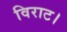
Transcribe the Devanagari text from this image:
विराट।